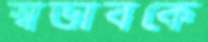
স্বভাবকে